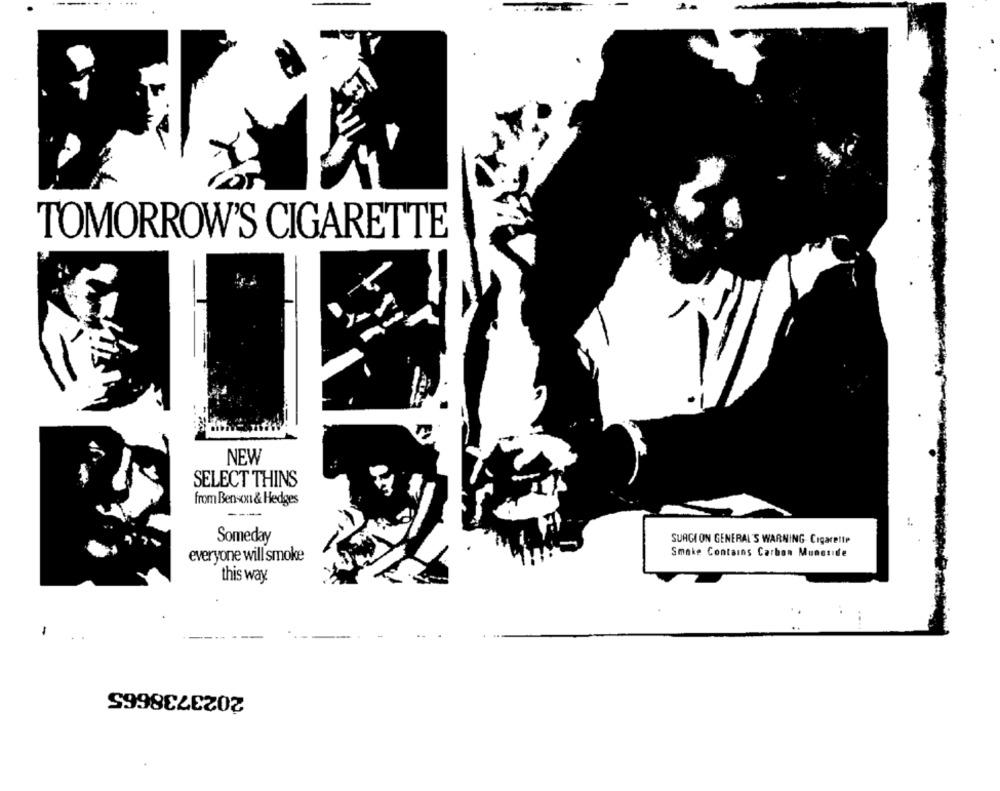
TOMORROW'S CIGARETTE
NEW
SELECT THINS
from Benson & Hedges
---
Someday
SURGI ON GENERAL'S WARNING Cigarette
Smake Contains Carbon Muneside
everyone will smoke
this way
..
-
2023738665